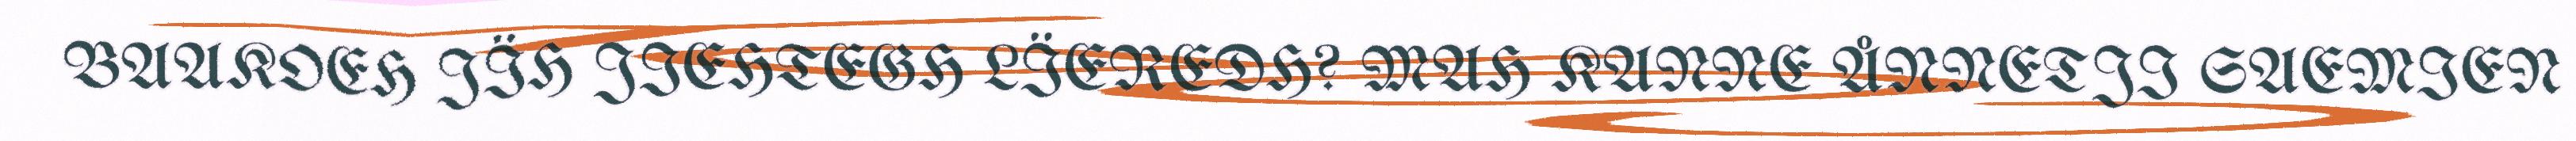
BAAKOEH JÏH JIEHTEGH LÏEREDH? MAH KANNE ÅNNETJI SAEMIEN